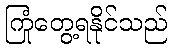
ကြုံတွေ့ရနိုင်သည်